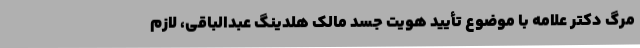
مرگ دکتر علامه با موضوع تأیید هویت جسد مالک هلدینگ عبدالباقی، لازم